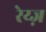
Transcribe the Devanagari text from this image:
रेय्ज़